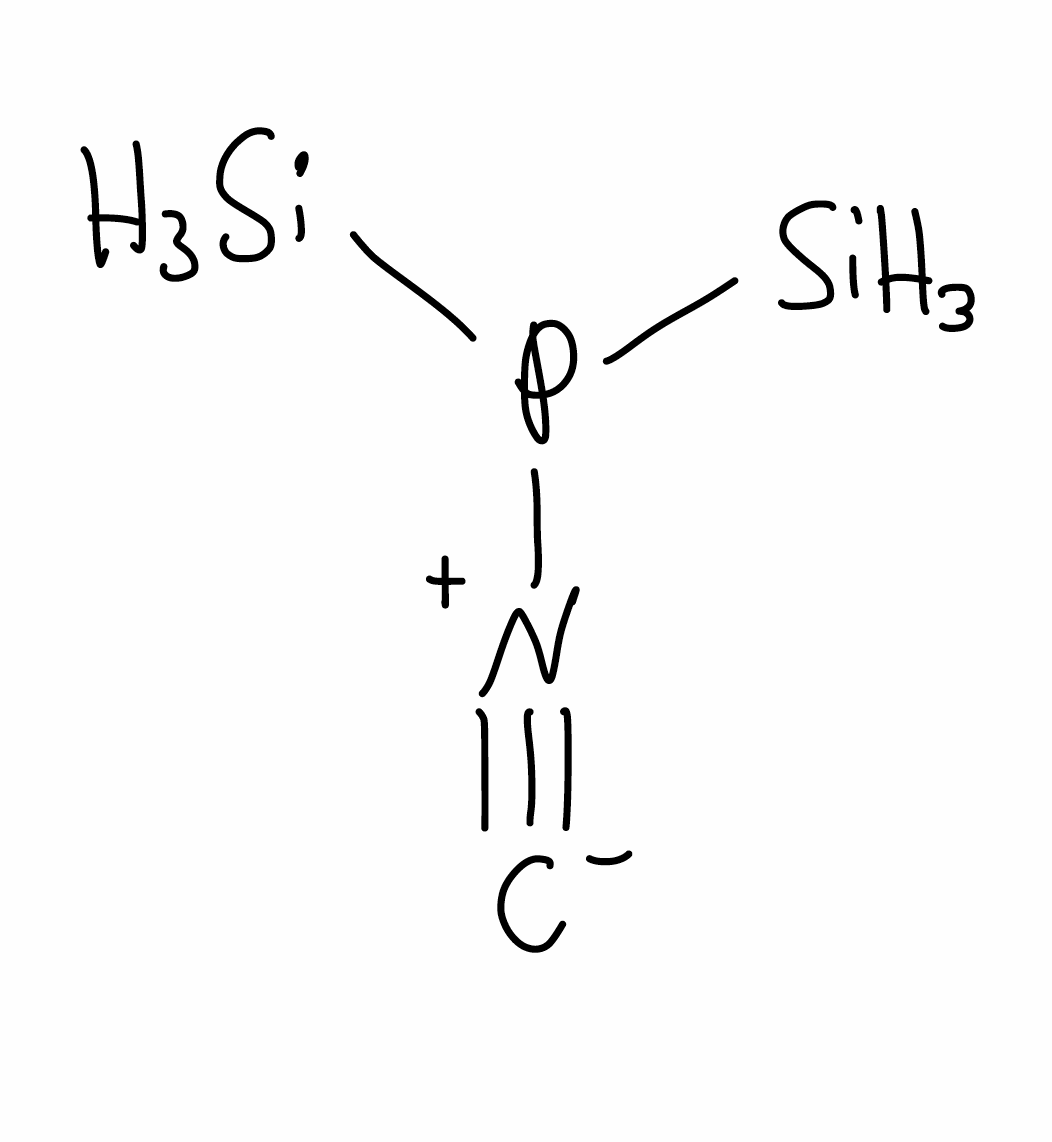
Simplified molecular-input line-entry system (SMILES) notation of the given molecule:
[C-]#[N+]P([SiH3])[SiH3]